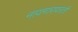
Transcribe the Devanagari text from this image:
नायगारावरती